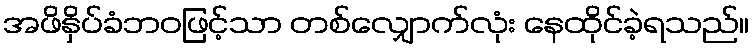
အဖိနှိပ်ခံဘဝဖြင့်သာ တစ်လျှောက်လုံး နေထိုင်ခဲ့ရသည်။